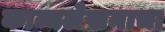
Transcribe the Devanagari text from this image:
काव्यलेखनाचा